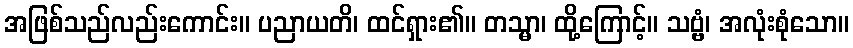
အဖြစ်သည်လည်းကောင်း။ ပညာယတိ၊ ထင်ရှား၏။ တသ္မာ၊ ထို့ကြောင့်။ သဗ္ဗံ၊ အလုံးစုံသော။